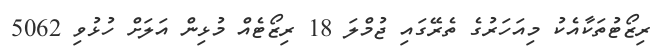
ރިޒޯޓުތަކާއެކު މިއަހަރުގެ ތެރޭގައި ޖުމްލަ 18 ރިޒޯޓެއް މުޅިން އަލަށް ހުޅުވި 5062